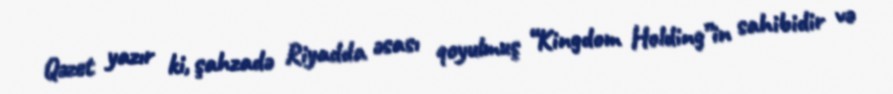
Qəzet yazır ki, şahzadə Riyadda əsası qoyulmuş “Kingdom Holding”in sahibidir və